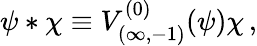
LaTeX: \psi*\chi\equiv V_{(\infty,-1)}^{(0)}(\psi)\chi\, ,